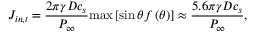
J _ { i n , t } = \frac { 2 \pi \gamma D c _ { s } } { P _ { \infty } } \mathrm { m a x } \left[ \sin \theta f \left( \theta \right) \right] \approx \frac { 5 . 6 \pi \gamma D c _ { s } } { P _ { \infty } } ,